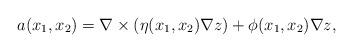
LaTeX: \begin{align*}a(x_1,x_2)=\nabla \times (\eta(x_1,x_2)\nabla z)+\phi(x_1,x_2)\nabla z,\end{align*}